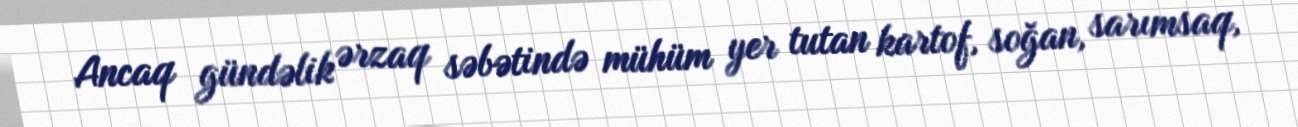
Ancaq gündəlik ərzaq səbətində mühüm yer tutan kartof, soğan, sarımsaq,